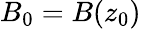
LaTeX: B_{0}=B(z_{0})